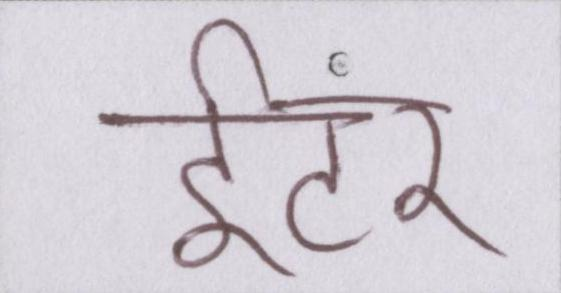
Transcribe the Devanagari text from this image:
इंटर